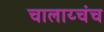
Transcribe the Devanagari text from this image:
चालाय्चंच